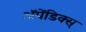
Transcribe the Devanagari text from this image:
अॅपेंडिक्स्